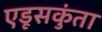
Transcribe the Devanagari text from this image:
एडूसकुंता